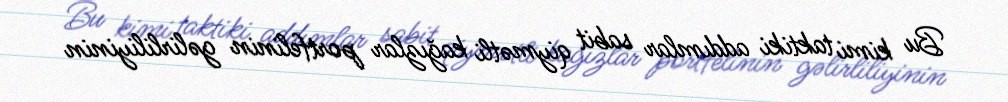
Bu kimi taktiki addımlar sabit qiymətli kağızlar portfelinin gəlirliliyinin